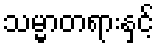
သမ္မာတရားနှင့်